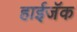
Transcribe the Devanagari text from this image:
हाईजॅक